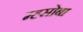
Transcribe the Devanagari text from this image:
म्ह्सोबा